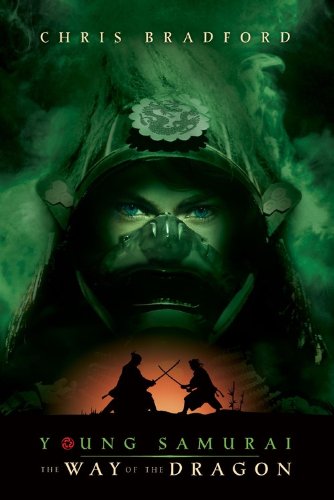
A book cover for Young Samurai The Way of the Dragon; Chris Bradford; Children's Books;